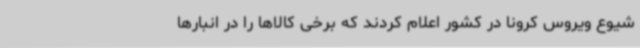
شیوع ویروس کرونا در کشور اعلام کردند که برخی کالاها را در انبارها